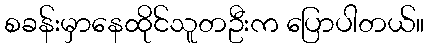
စခန်းမှာနေထိုင်သူတဦးက ပြောပါတယ်။